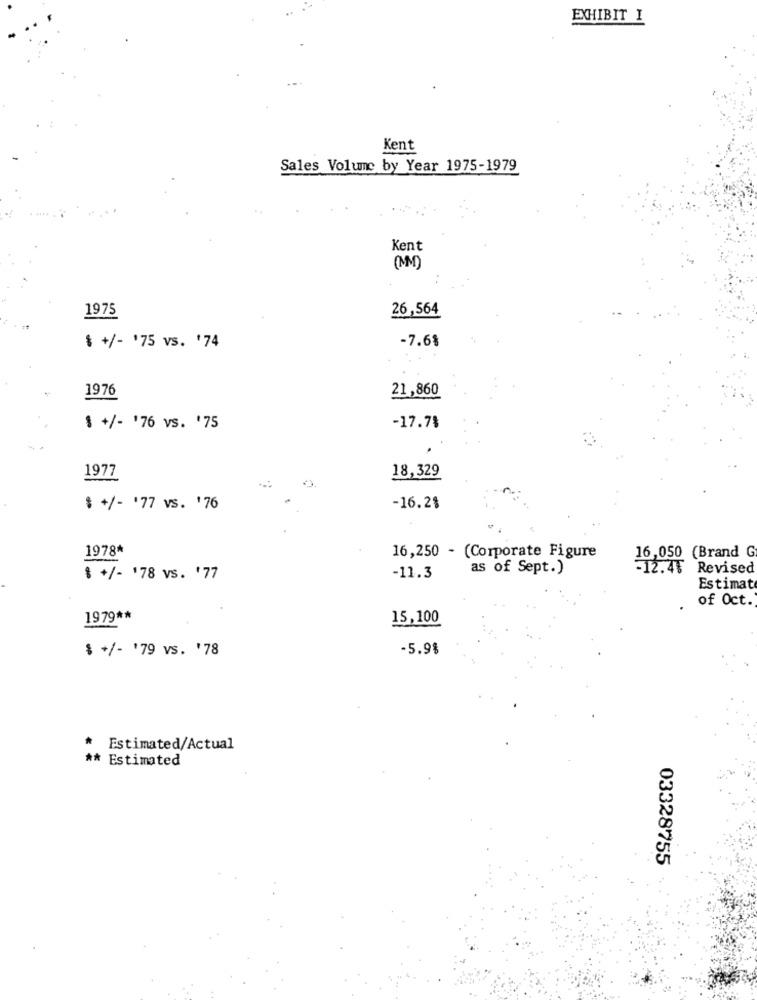
EXHIBIT I
Kent
Sales Volume by Year 1975-1979
Kent
(MM)
1975
26,564
-7.6%
$ +/- '75 vs. '74
1976
21,860
$ +/- '76 vs. '75
-17.7%
1977
18,329
$ +/- '77 vs. '76
-16.21
1978*
16,050 (Brand G
16,250 - (Corporate Figure
as of Sept.)
-12.45 Revised
$ +/- '78 vs. '77
-11.3
Estimat
of Oct.
1979 **
15,100
$ +/- '79 vs. '78
-5.9%
Estimated/Actual
** Estimated
03328755